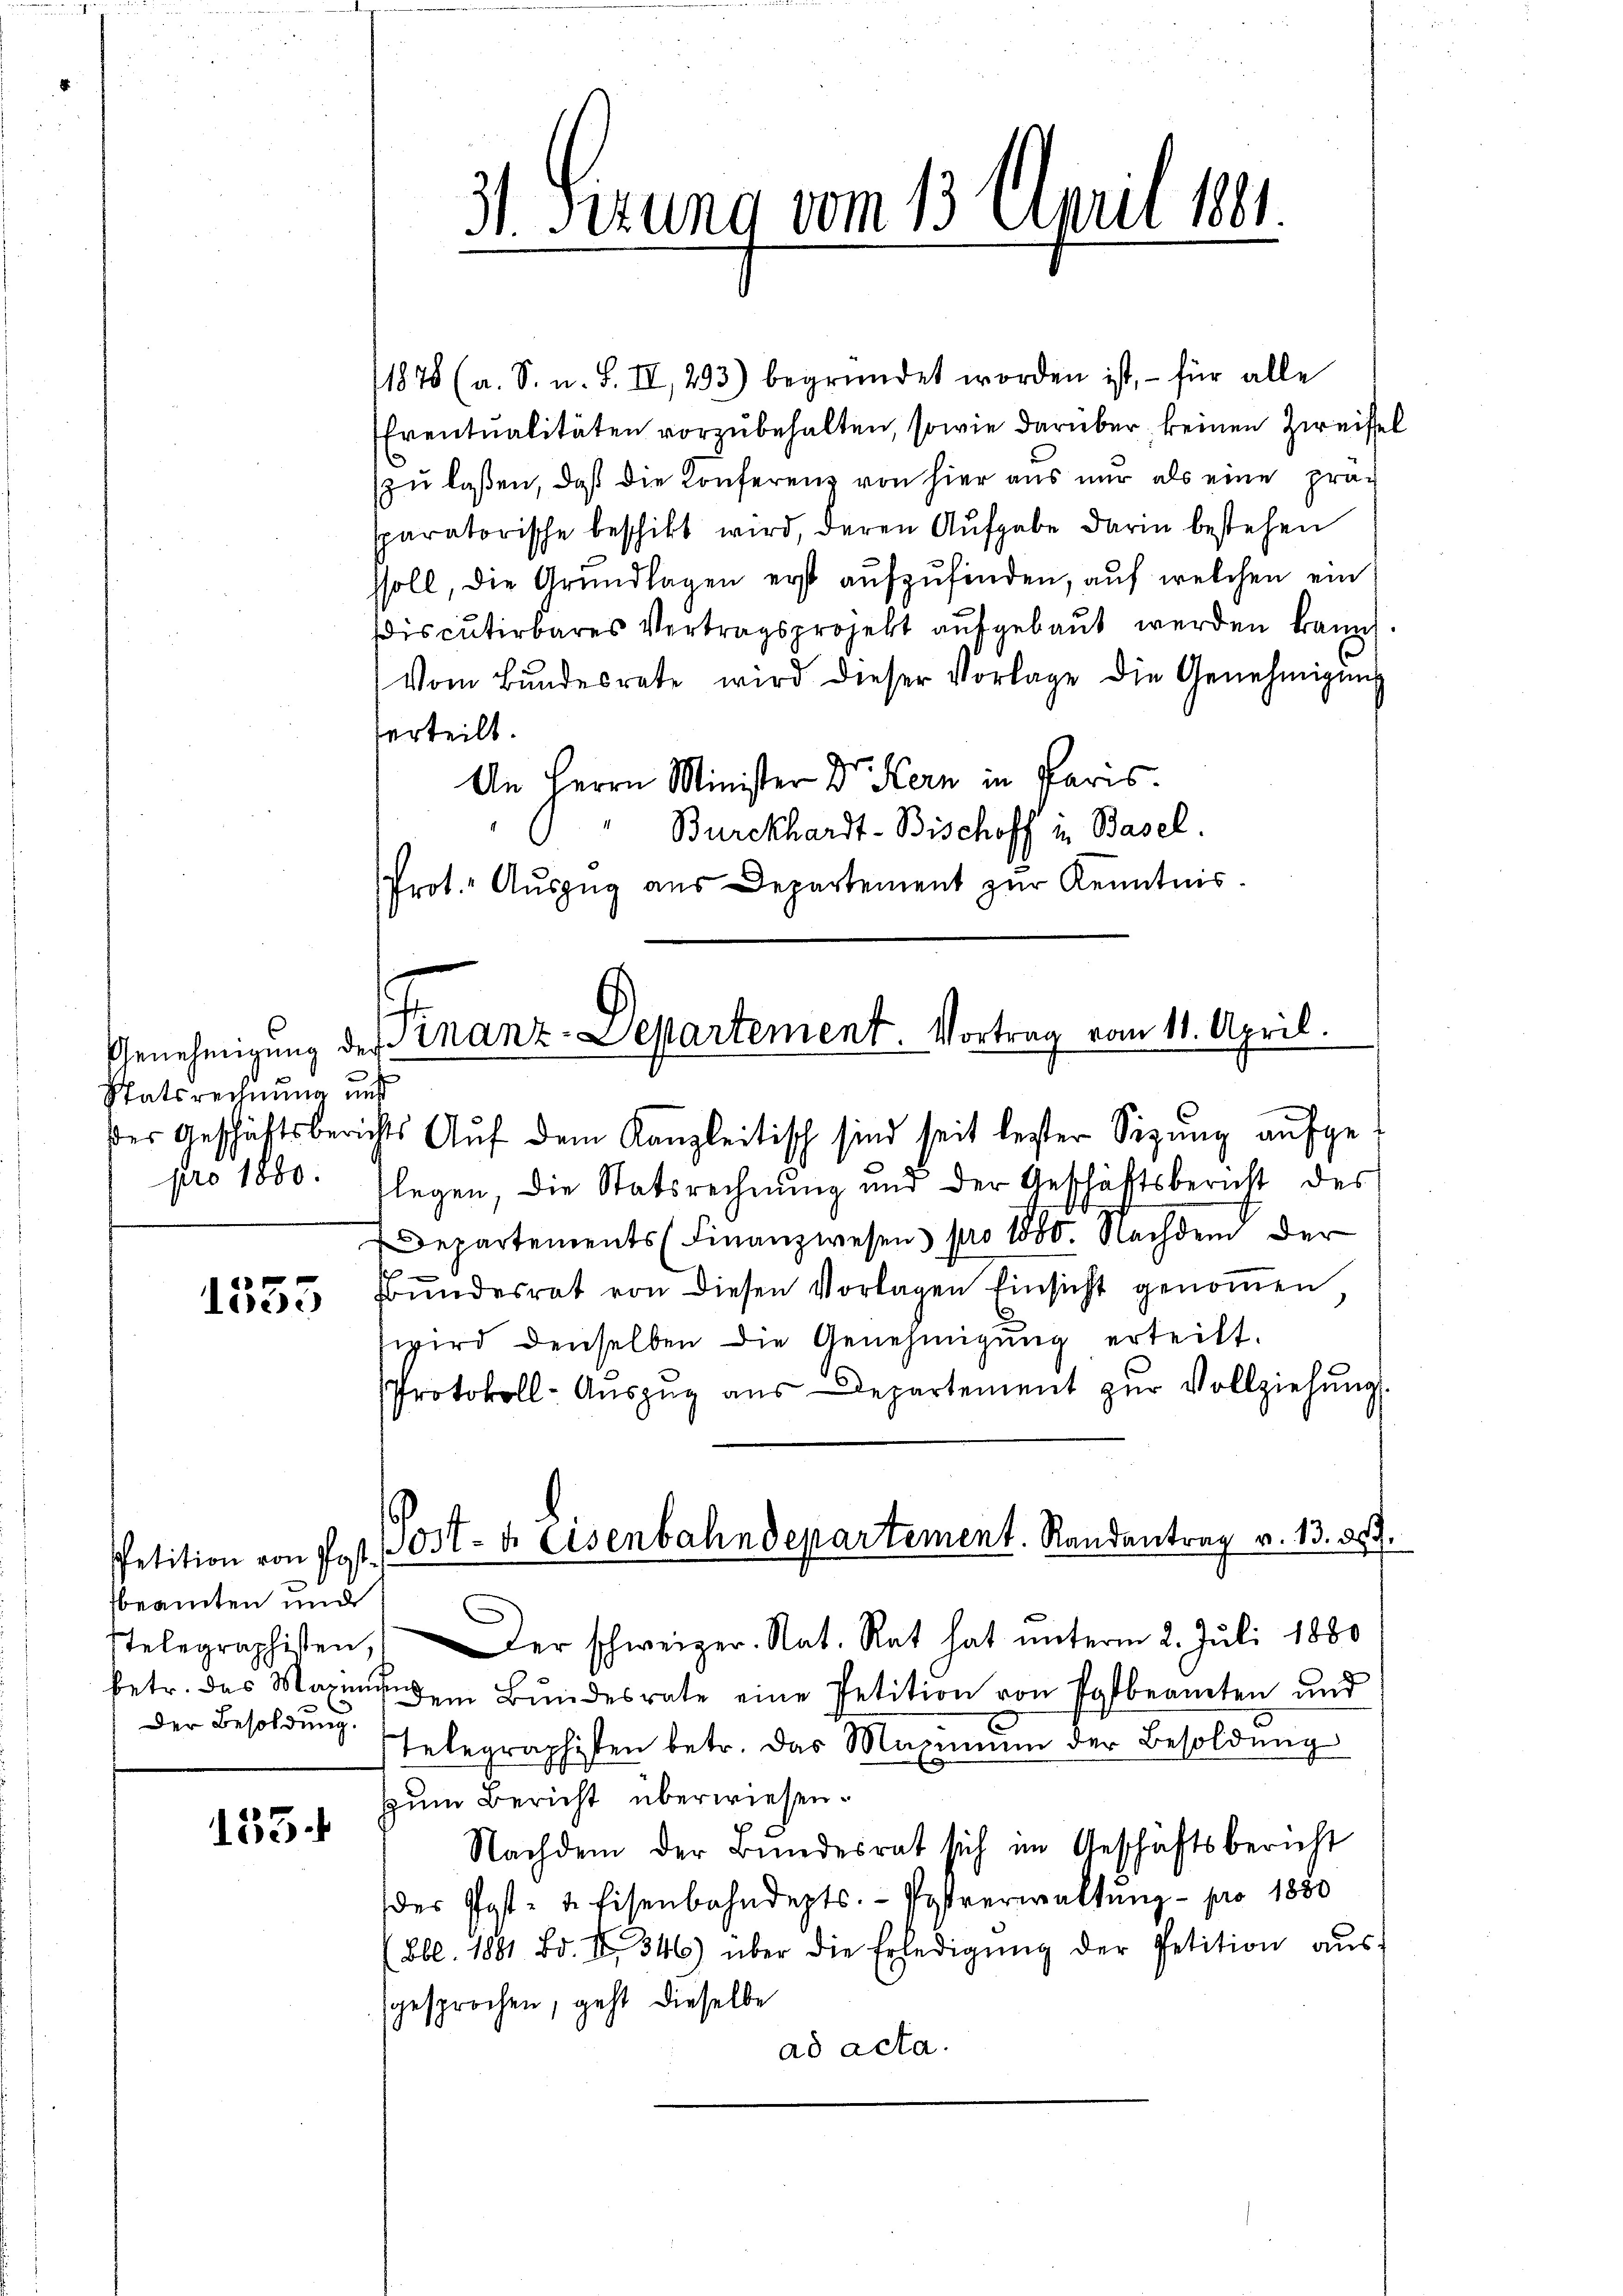
Genehmigung der
Statsrechnung in
des Geschäftsberin
pro 1880.

d
ldec

PPetition von Postbeamten und
Stelegraphiten,
betr. das Maximi
Der Besoldung.

133.

31. Serung vom 13. April 1891

11878 (a. S. u. S. II, 293) begründet worden ist, – für alle
Eventualitäten vorzubehalten, sowie darüber keinen Zweifel
zu laßen, daß die Konferenz von hier aus nur als eine prac
sparatorische beschikt wird, deren Aufgabe darin bestehen
ssoll, die Grundlagen erst aufzufinden, auf welchen ein
iscŭtirbares Vertragsprojekt aŭfgebaut werden kann
Vom Bundesrate wird dieser Vorlage die Genehmigungs
erteilt.
An Herrn Minister Dr. Kern in Paris.
Burckhardt-Bischoff in Basel.
Prot. Auszug aus Departement zur Kenntnis

.
inanz-Departement. Vortrag vom 11. April.

Post- & Eisenbahndepartement. Randantrag v. 13. 859

sts Auf dem Kanzleitisch sind seit lester Sitzung aufgelegen, die Statsrechnung und der Geschäftsbericht des
Departements (Finanzwesen pro 1800. Nachdem der
Bundesrat von diesen Vorlagen Einsicht genommen
wird denselben die Genehmigŭng erteilt.
Protokoll-Aŭszŭg aŭs Departement zŭr Vollziehŭng
Der schweizer. Nat. Rat hat unterm 2. Juli 1880
dem Bundesrate eine Petition von Postbeamten und
Telegraphisten betr. das Maximum der Besoldung
zum Bericht überwiesen.
Nachdem der Bŭndesrat sich im Geschäftsbericht
der Post- u. Eisenbahndepts. Postverwaltŭng pro 1880
(Lbl. 1881. Bd. II 346) über die Erledigŭng der Petition aŭs
gesprochen, geht dieselbe
ad acta.